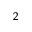
_ 2